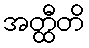
အတ္ထီတိ